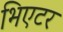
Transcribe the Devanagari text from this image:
भिएटर